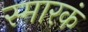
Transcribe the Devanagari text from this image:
स्मारकं